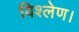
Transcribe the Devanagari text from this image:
विश्लेण।